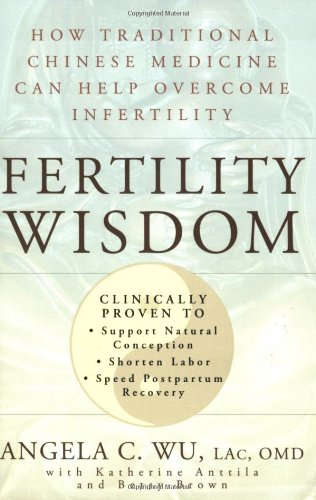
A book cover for Fertility Wisdom: How Traditional Chinese Medicine Can Help Overcome Infertility; Angela C. Wu; Parenting & Relationships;